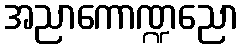
အညာကောဏ္ဍညော